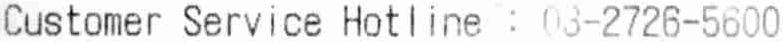
CUSTOMER SERVICE HOTLINE : 03-2726-5600